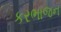
કરભાજન